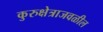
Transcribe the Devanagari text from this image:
कुरुक्षेत्राजवळील